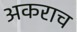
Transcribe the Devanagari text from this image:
अकराच